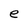
Character: e